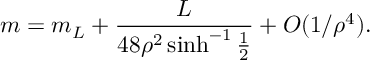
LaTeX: m = m _ { L } + { \frac { L } { 4 8 \rho ^ { 2 } \sinh ^ { - 1 } { \frac { 1 } { 2 } } } } + O ( 1 / \rho ^ { 4 } ) .